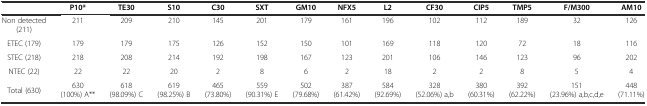
<table><thead><tr><td></td><td><b>P10*</b></td><td><b>TE30</b></td><td><b>S10</b></td><td><b>C30</b></td><td><b>SXT</b></td><td><b>GM10</b></td><td><b>NFX5</b></td><td><b>L2</b></td><td><b>CF30</b></td><td><b>CIP5</b></td><td><b>TMP5</b></td><td><b>F/M300</b></td><td><b>AM10</b></td></tr></thead><tbody><tr><td>Non detected (211)</td><td>211</td><td>209</td><td>210</td><td>145</td><td>201</td><td>179</td><td>161</td><td>196</td><td>102</td><td>112</td><td>189</td><td>32</td><td>126</td></tr><tr><td>ETEC (179)</td><td>179</td><td>179</td><td>175</td><td>126</td><td>152</td><td>150</td><td>101</td><td>169</td><td>118</td><td>120</td><td>72</td><td>18</td><td>116</td></tr><tr><td>STEC (218)</td><td>218</td><td>208</td><td>214</td><td>192</td><td>198</td><td>167</td><td>123</td><td>201</td><td>106</td><td>146</td><td>123</td><td>96</td><td>202</td></tr><tr><td>NTEC (22)</td><td>22</td><td>22</td><td>20</td><td>2</td><td>8</td><td>6</td><td>2</td><td>18</td><td>2</td><td>2</td><td>8</td><td>5</td><td>4</td></tr><tr><td>Total (630)</td><td>630 (100%) A**</td><td>618 (98.09%) C</td><td>619 (98.25%) B</td><td>465 (73.80%)</td><td>559 (90.31%) E</td><td>502 (79.68%)</td><td>387 (61.42%)</td><td>584 (92.69%)</td><td>328 (52.06%) a,b</td><td>380 (60.31%)</td><td>392 (62.22%)</td><td>151 (23.96%) a,b,c,d,e</td><td>448 (71.11%)</td></tr></tbody></table>